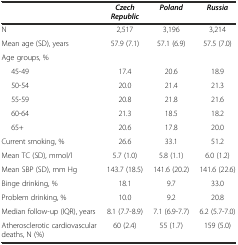
<table><thead><tr><td></td><td><b><i>Czech Republic</i></b></td><td><b><i>Poland</i></b></td><td><b><i>Russia</i></b></td></tr></thead><tbody><tr><td>N</td><td>2,517</td><td>3,196</td><td>3,214</td></tr><tr><td>Mean age (SD), years</td><td>57.9 (7.1)</td><td>57.1 (6.9)</td><td>57.5 (7.0)</td></tr><tr><td colspan="4">Age groups, %</td></tr><tr><td>45-49</td><td>17.4</td><td>20.6</td><td>18.9</td></tr><tr><td>50-54</td><td>20.0</td><td>21.4</td><td>21.3</td></tr><tr><td>55-59</td><td>20.8</td><td>21.8</td><td>21.6</td></tr><tr><td>60-64</td><td>21.3</td><td>18.5</td><td>18.2</td></tr><tr><td>65+</td><td>20.6</td><td>17.8</td><td>20.0</td></tr><tr><td>Current smoking, %</td><td>26.6</td><td>33.1</td><td>51.2</td></tr><tr><td>Mean TC (SD), mmol/l</td><td>5.7 (1.0)</td><td>5.8 (1.1)</td><td>6.0 (1.2)</td></tr><tr><td>Mean SBP (SD), mm Hg</td><td>143.7 (18.5)</td><td>141.6 (20.2)</td><td>141.6 (22.6)</td></tr><tr><td>Binge drinking, %</td><td>18.1</td><td>9.7</td><td>33.0</td></tr><tr><td>Problem drinking, %</td><td>10.0</td><td>9.2</td><td>20.8</td></tr><tr><td>Median follow-up (IQR), years</td><td>8.1 (7.7-8.9)</td><td>7.1 (6.9-7.7)</td><td>6.2 (5.7-7.0)</td></tr><tr><td>Atherosclerotic cardiovascular deaths, N (%)</td><td>60 (2.4)</td><td>55 (1.7)</td><td>159 (5.0)</td></tr></tbody></table>